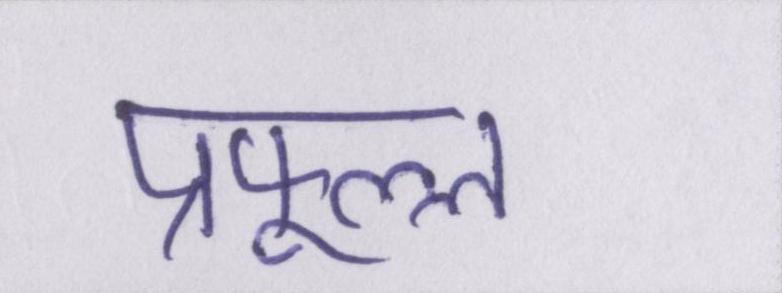
प्रफुल्ल